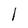
Character: l